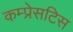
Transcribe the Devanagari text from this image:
कम्प्रेसटिस